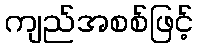
ကျည်အစစ်ဖြင့်